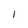
Character: I